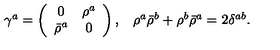
\begin{array} { c c } { \gamma ^ { a } = \left( \begin{array} { c c } { 0 } & { \rho ^ { a } } \\ { \bar { \rho } ^ { a } } & { 0 } \\ \end{array} \right) , } & { \rho ^ { a } \bar { \rho } ^ { b } + \rho ^ { b } \bar { \rho } ^ { a } = 2 \delta ^ { a b } . } \\ \end{array}